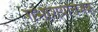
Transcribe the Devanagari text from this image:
गर्भाशयोत्तेजक